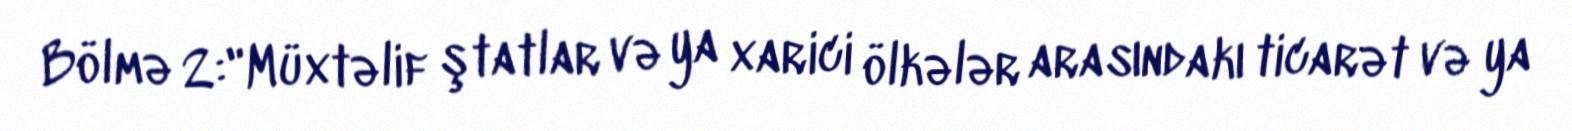
Bölmə 2:"Müxtəlif ştatlar və ya xarici ölkələr arasındakı ticarət və ya